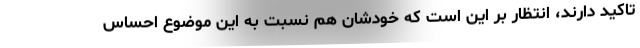
تاکید دارند، انتظار بر این است که خودشان هم نسبت به این موضوع احساس